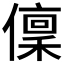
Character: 𠏟